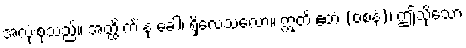
အလုံးစုံသည်။ အတ္ထိ ကိံ နု ခေါ၊ ရှိလေသလော။ ဣတိ ဧတံ (ဝစနံ)၊ ဤသို့သော